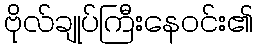
ဗိုလ်ချုပ်ကြီးနေဝင်း၏